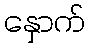
နှောက်